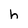
Character: h